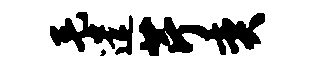
毛遣芹奕